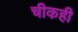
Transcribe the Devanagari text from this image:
चीकही